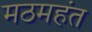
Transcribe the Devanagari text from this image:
मठमहंत